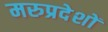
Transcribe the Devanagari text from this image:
मरुप्रदेशों